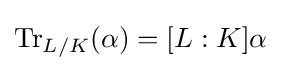
\operatorname {Tr} _{L/K}(\alpha )=[L:K]\alpha